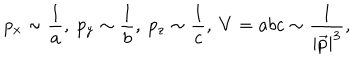
LaTeX: p _ { x } \sim \frac 1 a , \ p _ { y } \sim \frac 1 b , \ p _ { z } \sim \frac 1 c , \ V = a b c \sim \frac 1 { \left| \vec { p } \right| ^ { 3 } } ,